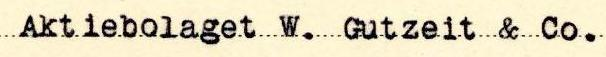
Aktiebolaget W. Gutzeit & Co.